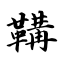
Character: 鞲